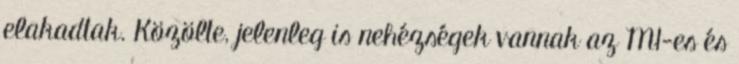
elakadtak. Közölte, jelenleg is nehézségek vannak az M1-es és